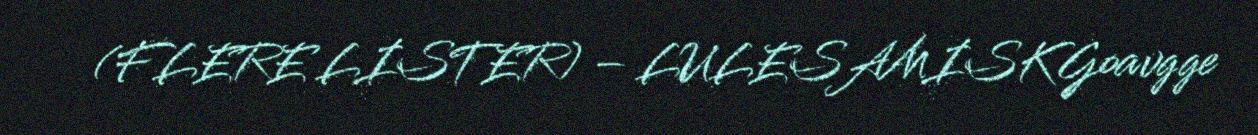
(FLERE LISTER) – LULESAMISK Goavgge